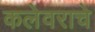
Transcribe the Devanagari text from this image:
कलेवराचे